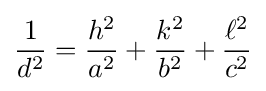
{\frac {1}{d^{2}}}={\frac {h^{2}}{a^{2}}}+{\frac {k^{2}}{b^{2}}}+{\frac {\ell ^{2}}{c^{2}}}